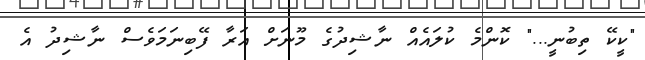
"ކީކޭ ތިބުނީ..." ކޮންމެ ކުލައެއް ނާޝިދުގެ މޫނަށް އަރާ ފޭބިނަމަވެސް ނާޝިދު އެ